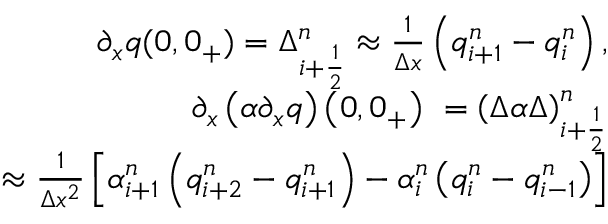
\begin{array} { r } { \partial _ { x } q ( 0 , 0 _ { + } ) = \Delta _ { i + \frac { 1 } { 2 } } ^ { n } \approx \frac { 1 } { \Delta x } \left( q _ { i + 1 } ^ { n } - q _ { i } ^ { n } \right) , } \\ { \partial _ { x } \left( \alpha \partial _ { x } q \right) \left( 0 , 0 _ { + } \right) \ = \left( \Delta \alpha \Delta \right) _ { i + \frac { 1 } { 2 } } ^ { n } } \\ { \approx \frac { 1 } { \Delta x ^ { 2 } } \left[ \alpha _ { i + 1 } ^ { n } \left( q _ { i + 2 } ^ { n } - q _ { i + 1 } ^ { n } \right) - \alpha _ { i } ^ { n } \left( q _ { i } ^ { n } - q _ { i - 1 } ^ { n } \right) \right] } \end{array}